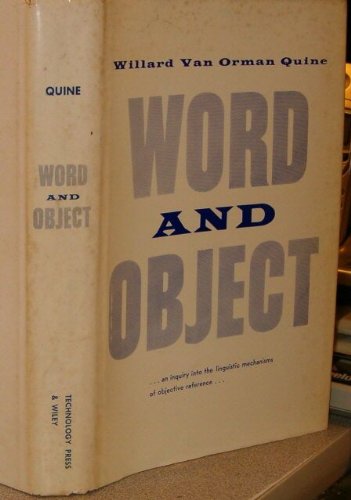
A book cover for Word and Object; Willard Van Orman Quine; Politics & Social Sciences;